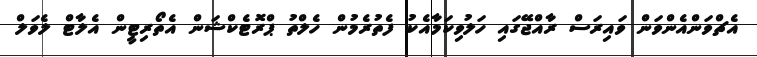
އެޗްވަންއެންވަން ވައިރަސް ރާއްޖޭގައި ހަލުވިކަމާއެކު ފެތުރެމުން ހެލްތު ޕްރޮޓެކްޝަން އެތޯރިޓީން އެލާޓް ލެވަލް